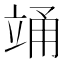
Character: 𮄯